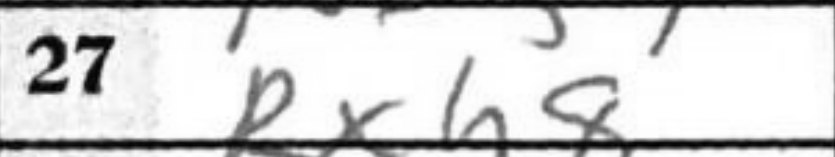
Transcription: Rxh8